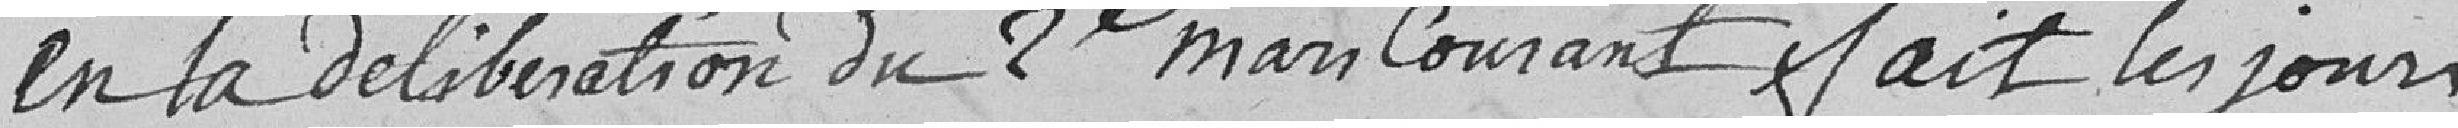
en la délibération du 2e mars courant fait les jours